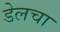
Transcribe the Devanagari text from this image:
डेलचा